Civil Veterinary Department Bihar & Orissa reports 1929-36 - 1929-1936
Year: 1929
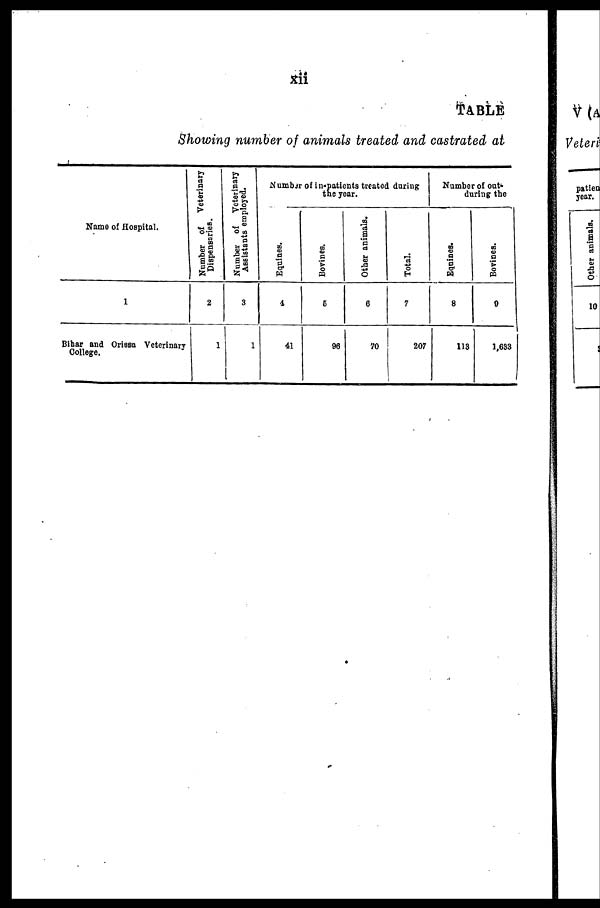
xii
TABLE
Showing number of animals treated and castrated at
Name of Hospital.
1
Bihar and Orissa Veterinary
College.
Number of Veterinary
Dispensaries.
2
1
Number of
Veterinary
Assistants employed.
3
1
Number of in-patients treated daring
the year.
Equines.
4
41
Bovines.
5
96
Other animals.
6
70
Total.
7
207
Namber of out-
during the
Equines.
8
113
Bovines.
9
1,633